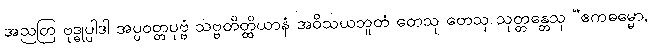
အညတြ ဗုဒ္ဓုပ္ပါဒါ အပ္ပဝတ္တပုဗ္ဗံ သဗ္ဗတိတ္ထိယာနံ အဝိသယဘူတံ တေသု တေသု သုတ္တန္တေသု “ဧကဓမ္မော,